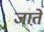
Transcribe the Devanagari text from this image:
जात़े